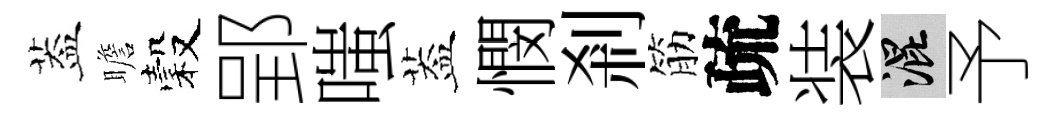
葢瞻穀郢嗤葢憫剎筋疏装混予